Vaccination returns of the Province of Eastern Bengal and Assam - 1905-1912
Year: 1905
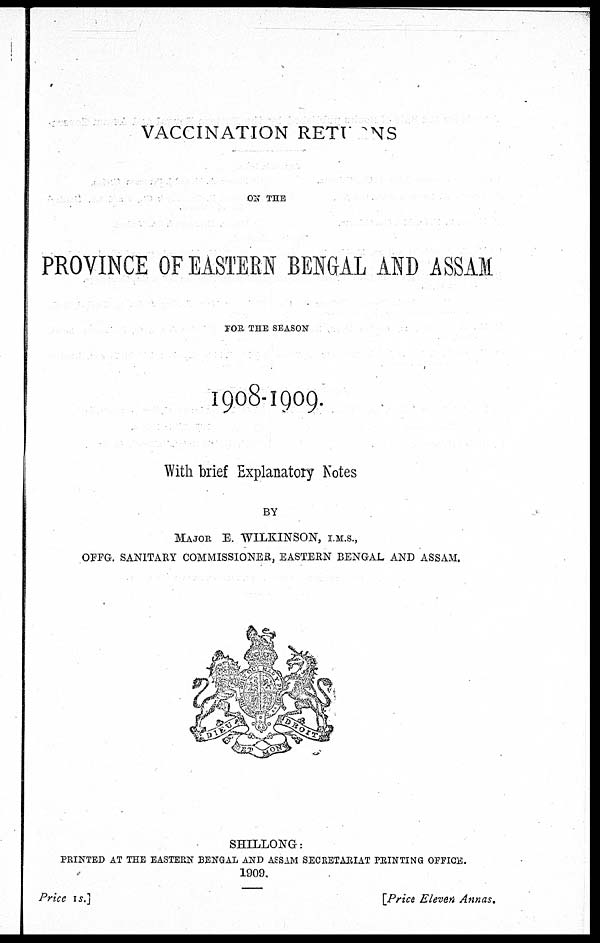
VACCINATION RETURNS
ON THE
PROVINCE OF EASTERN BENGAL AND ASSAM
FOR THE SEASON
1908-1909.
With brief Explanatory Notes
BY
MAJOR E. WILKINSON, I.M.S.,
OFFG. SANITARY COMMISSIONER, EASTERN BENGAL AND ASSAM.
SHILLONG:
PRINTED AT THE EASTERN BENGAL AND ASSAM SECRETARIAT PRINTING OFFICE.
1909.
Price is.]
[Price Eleven Annas.